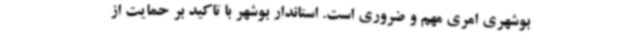
بوشهری امری مهم و ضروری است. استاندار بوشهر با تاکید بر حمایت از